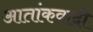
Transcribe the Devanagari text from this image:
आतांकवादी